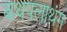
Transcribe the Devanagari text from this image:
बथपलाथंग